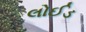
લોઈડ